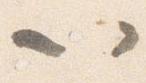
以